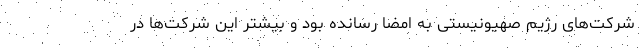
شرکت‌های رژیم صهیونیستی به امضا رسانده بود و بیشتر این شرکت‌ها در